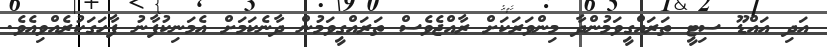
އަދި އައްޑޫ ސިޓީ ތަރައްގީވަމުންދާ މިންވަރަކަށް ރާއްޖެވެސް ތަރައްގީވަމުން ދާނެކަމަށް އެމަނިކުފާނު ފާހަގަކުރެއްވިއެވެ.